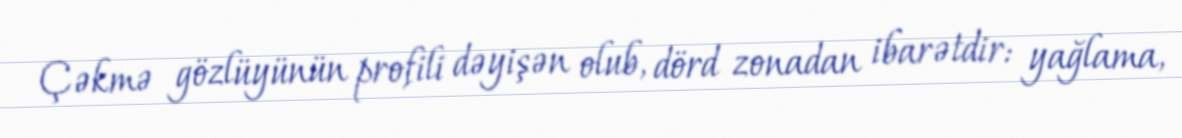
Çəkmə gözlüyünün profili dəyişən olub, dörd zonadan ibarətdir: yağlama,